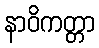
နာဝိကတ္တာ